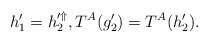
\begin{align*} h_1' = h_2'^\Uparrow, T^A(g_2') = T^A(h_2'). \end{align*}